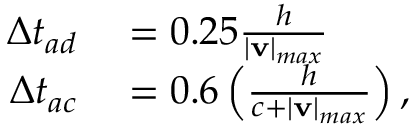
\begin{array} { r l } { \Delta t _ { a d } } & { { } = 0 . 2 5 \frac { h } { \left| \mathbf { v } \right| _ { m a x } } } \\ { \Delta t _ { a c } } & { { } = 0 . 6 \left( \frac { h } { c + \left| \mathbf { v } \right| _ { m a x } } \right) , } \end{array}